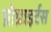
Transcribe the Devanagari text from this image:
प्रोप्राइर्टस